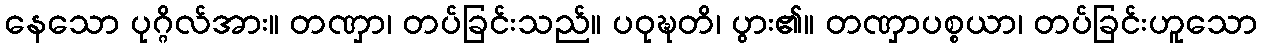
နေသော ပုဂ္ဂိလ်အား။ တဏှာ၊ တပ်ခြင်းသည်။ ပဝုဍ္ဎတိ၊ ပွား၏။ တဏှာပစ္စယာ၊ တပ်ခြင်းဟူသော